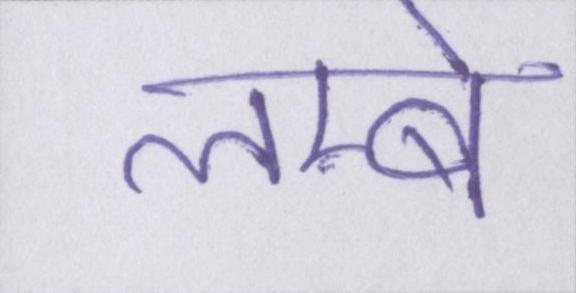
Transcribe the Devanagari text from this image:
लम्बे